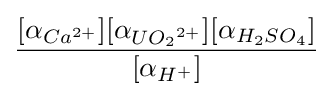
{\frac {[\alpha _{Ca^{2+}}][\alpha _{{UO_{2}}^{2+}}][\alpha _{{H_{2}}S{O_{4}}}]}{[\alpha _{H^{+}}]}}